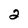
Character: 2